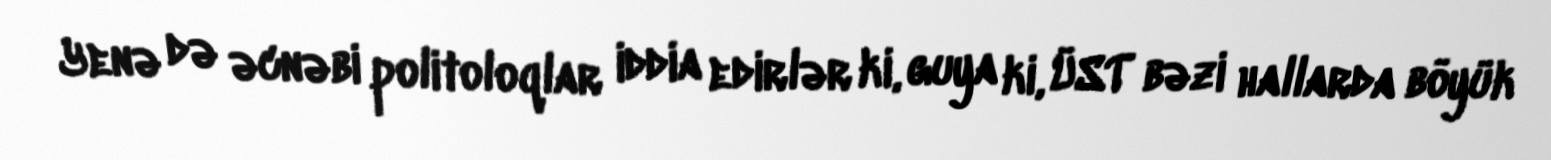
Yenə də əcnəbi politoloqlar iddia edirlər ki, guya ki, ÜST bəzi hallarda böyük